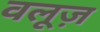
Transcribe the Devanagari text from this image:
वलूज़